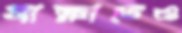
সাক্ষাতেও